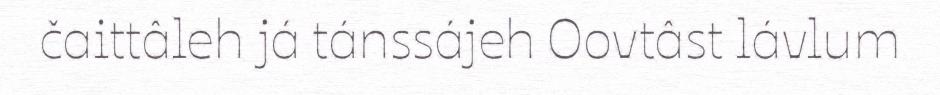
čaittâleh já tánssájeh Oovtâst lávlum